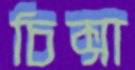
চিক্সা